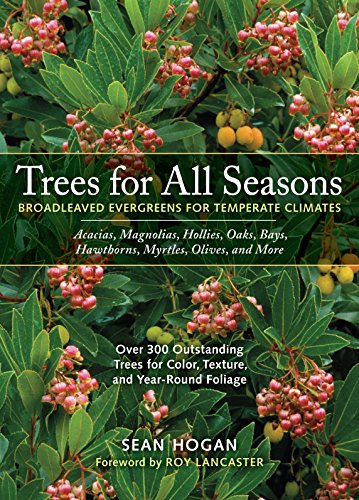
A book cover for Trees for All Seasons: Broadleaved Evergreens for Temperate Climates; Sean Hogan; Crafts, Hobbies & Home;